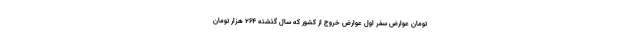
تومان عوارض سفر اول عوارض خروج از کشور که سال گذشته ۲۶۴ هزار تومان